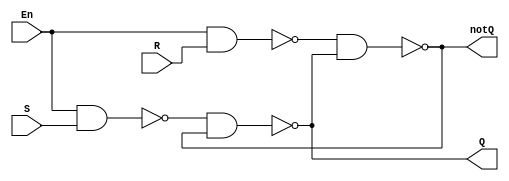
`timescale 1ns / 1ps
//`default_nettype none

module sr_latch(Q, notQ, En, S, R);
//
    output wire Q, notQ; // delcare output wires
    input wire En, S, R; // declare intput wires
  //  
    wire nandSEn, nandREn; // decalre internal nets
    
    nand #2 nand0(nandSEn, En, S); // set nand En
    nand #2 nand1(nandREn, En, R); // set nand Reset
    
    nand #2 nand2(Q, nandSEn, notQ); // set Q
    nand #2 nand3(notQ, nandREn, Q); // set notQ
    
endmodule